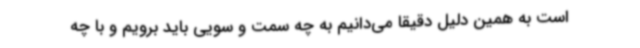
است به همین دلیل دقیقا می‌دانیم به چه سمت و سویی باید برویم و با چه